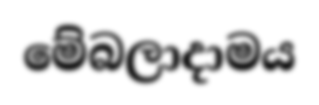
මේබලාදාමය